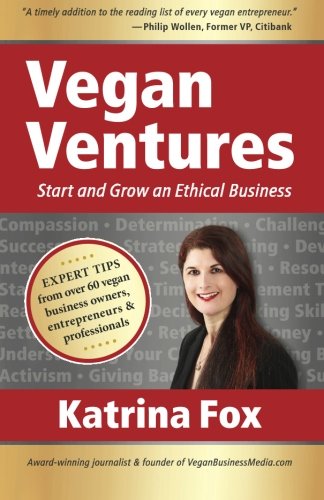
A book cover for Vegan Ventures: Start and Grow an Ethical Business; Katrina Fox; Business & Money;